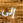
إلى